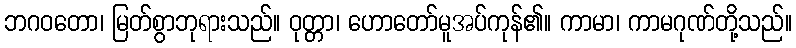
ဘဂဝတော၊ မြတ်စွာဘုရားသည်။ ဝုတ္တာ၊ ဟောတော်မူအပ်ကုန်၏။ ကာမာ၊ ကာမဂုဏ်တို့သည်။